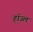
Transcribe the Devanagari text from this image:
हाॅउल